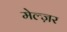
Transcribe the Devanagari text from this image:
मेल्ज़र